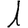
Digit: 1